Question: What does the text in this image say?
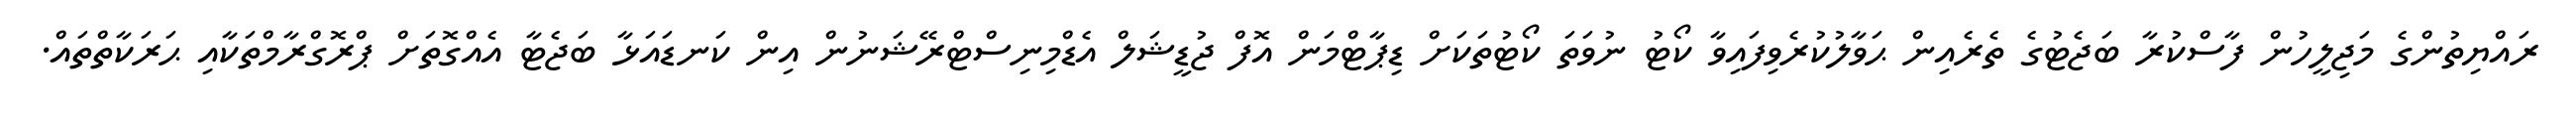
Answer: ރައްޔިތުންގެ މަޖިލީހުން ފާސްކުރާ ބަޖެޓުގެ ތެރެއިން ޙަވާލުކުރެވިފައިވާ ކޯޓު ނުވަތަ ކޯޓުތަކަށް ޑިޕާޓްމަން އޮފް ޖުޑީޝަލް އެޑްމިނިސްޓްރޭޝަނުން އިން ކަނޑައަޅާ ބަޖެޓާ އެއްގޮތަށް ޕްރޮގްރާމްތަކާއި ޙަރަކާތްތައް.